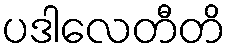
ပဒါလေတီတိ